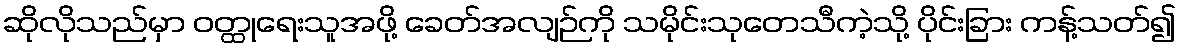
ဆိုလိုသည်မှာ ဝတ္ထုရေးသူအဖို့ ခေတ်အလျဉ်ကို သမိုင်းသုတေသီကဲ့သို့ ပိုင်းခြား ကန့်သတ်၍